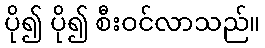
ပို၍ ပို၍ စီးဝင်လာသည်။